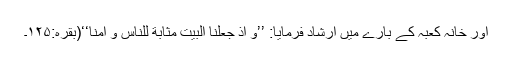
اور خانہ کعبہ کے بارے میں ارشاد فرمایا: ’’وَ اِذْ جَعَلْنَا الْبَیْتَ مَثَابَةً لِّلنَّاسِ وَ اَمْنًا‘‘(بقرہ:۱۲۵۔